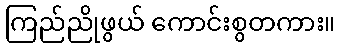
ကြည်ညိုဖွယ် ကောင်းစွတကား။